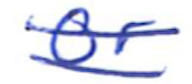
Text: or
Cross-out: double-line
Writing tool: ballpoint